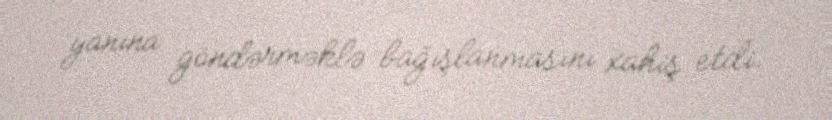
yanına göndərməklə bağışlanmasını xahiş etdi.